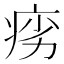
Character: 𬏩